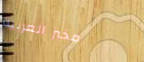
مخبز العربية